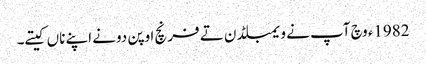
1982ء وچ آپ نے ویمبلڈن تے فرنچ اوپن دونے اپنے ناں کیتے۔